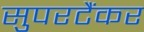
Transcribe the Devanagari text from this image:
सुपरटैंकर